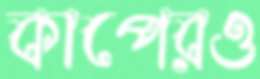
কাপেরও